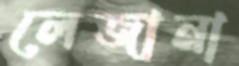
লেজানা